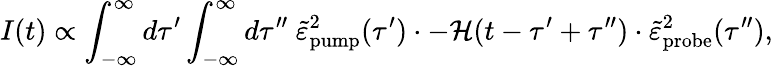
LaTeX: I(t)\propto\int_{-\infty}^{\infty}d\tau^{\prime}\int_{-\infty}^{\infty}d\tau^{\prime\prime}~\tilde{\varepsilon}_{\mathrm{pump}}^{2}(\tau^{\prime})\cdot-\mathcal{H}(t-\tau^{\prime}+\tau^{\prime\prime})\cdot\tilde{\varepsilon}_{\mathrm{probe}}^{2}(\tau^{\prime\prime}),